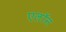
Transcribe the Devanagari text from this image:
एलॉन